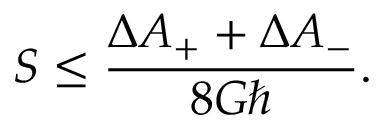
S \leq { \frac { \Delta A _ { + } + \Delta A _ { - } } { 8 G \hbar } } .